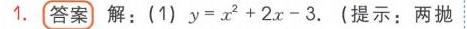
1. **答案** 解：(1) \(y = x^{2}+2x - 3\). （提示：两抛